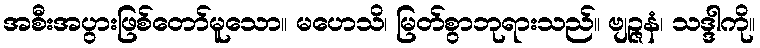
အစီးအပွားဖြစ်တော်မူသော။ မဟေသိ၊ မြတ်စွာဘုရားသည်။ ဗျဉ္ဇနံ၊ သဒ္ဒါကို။